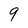
Character: 9